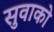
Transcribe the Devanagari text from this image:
सुवाको